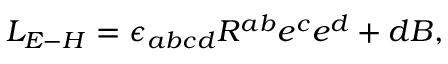
L _ { E - H } = \epsilon _ { a b c d } R ^ { a b } e ^ { c } e ^ { d } + d B ,